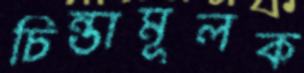
চিন্তামূলক